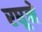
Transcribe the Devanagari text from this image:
रघूने